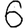
Digit: 6